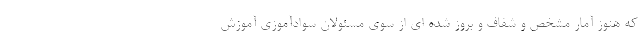
که هنوز آمار مشخص و شفاف و بروز شده ای از سوی مسئولان سوادآموزی آموزش